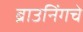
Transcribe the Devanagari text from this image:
ब्राउनिंगचे